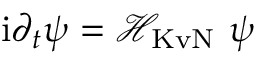
\mathrm { i } \partial _ { t } \psi = \mathcal { H } _ { \mathrm { K v N } } ~ \psi